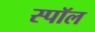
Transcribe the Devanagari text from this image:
स्पॉल